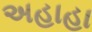
અહાહા